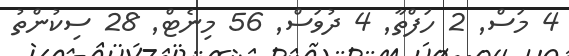
4 މަސް